Bréfritari: Gunnlaugur Oddsson
Dagsetning: A-1891-07-26
Skrifað á: Glasgow, Skotlandi

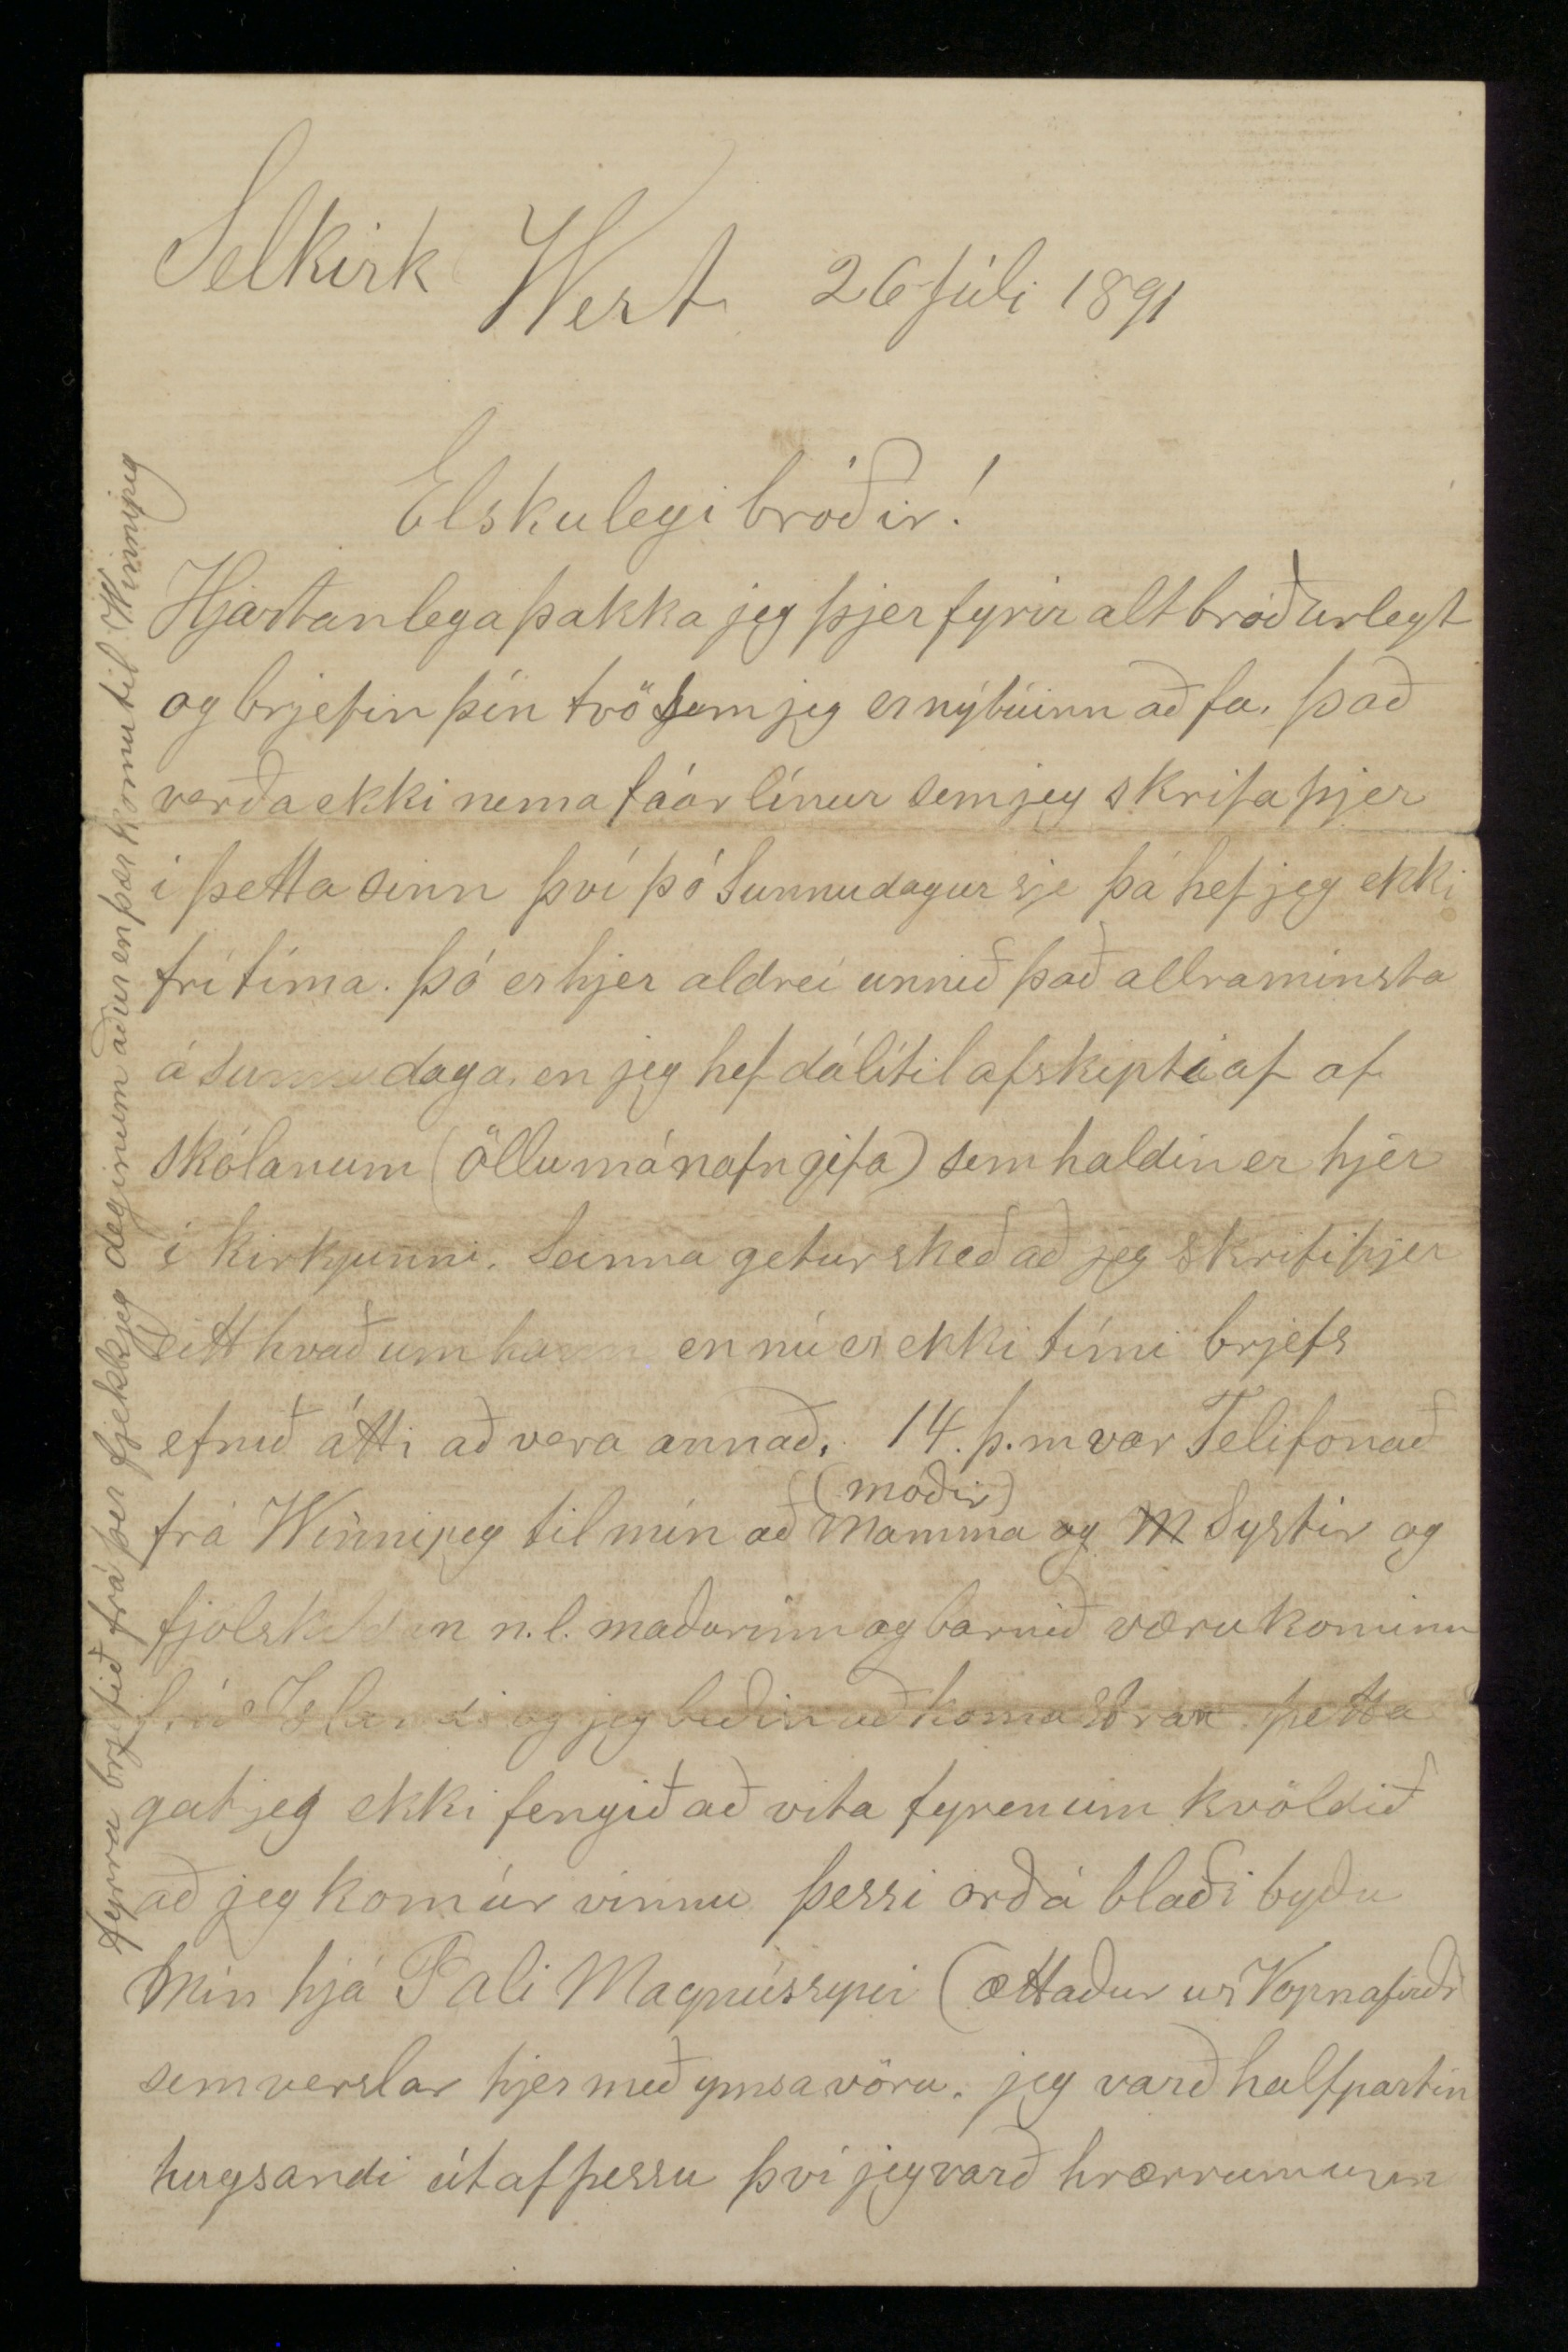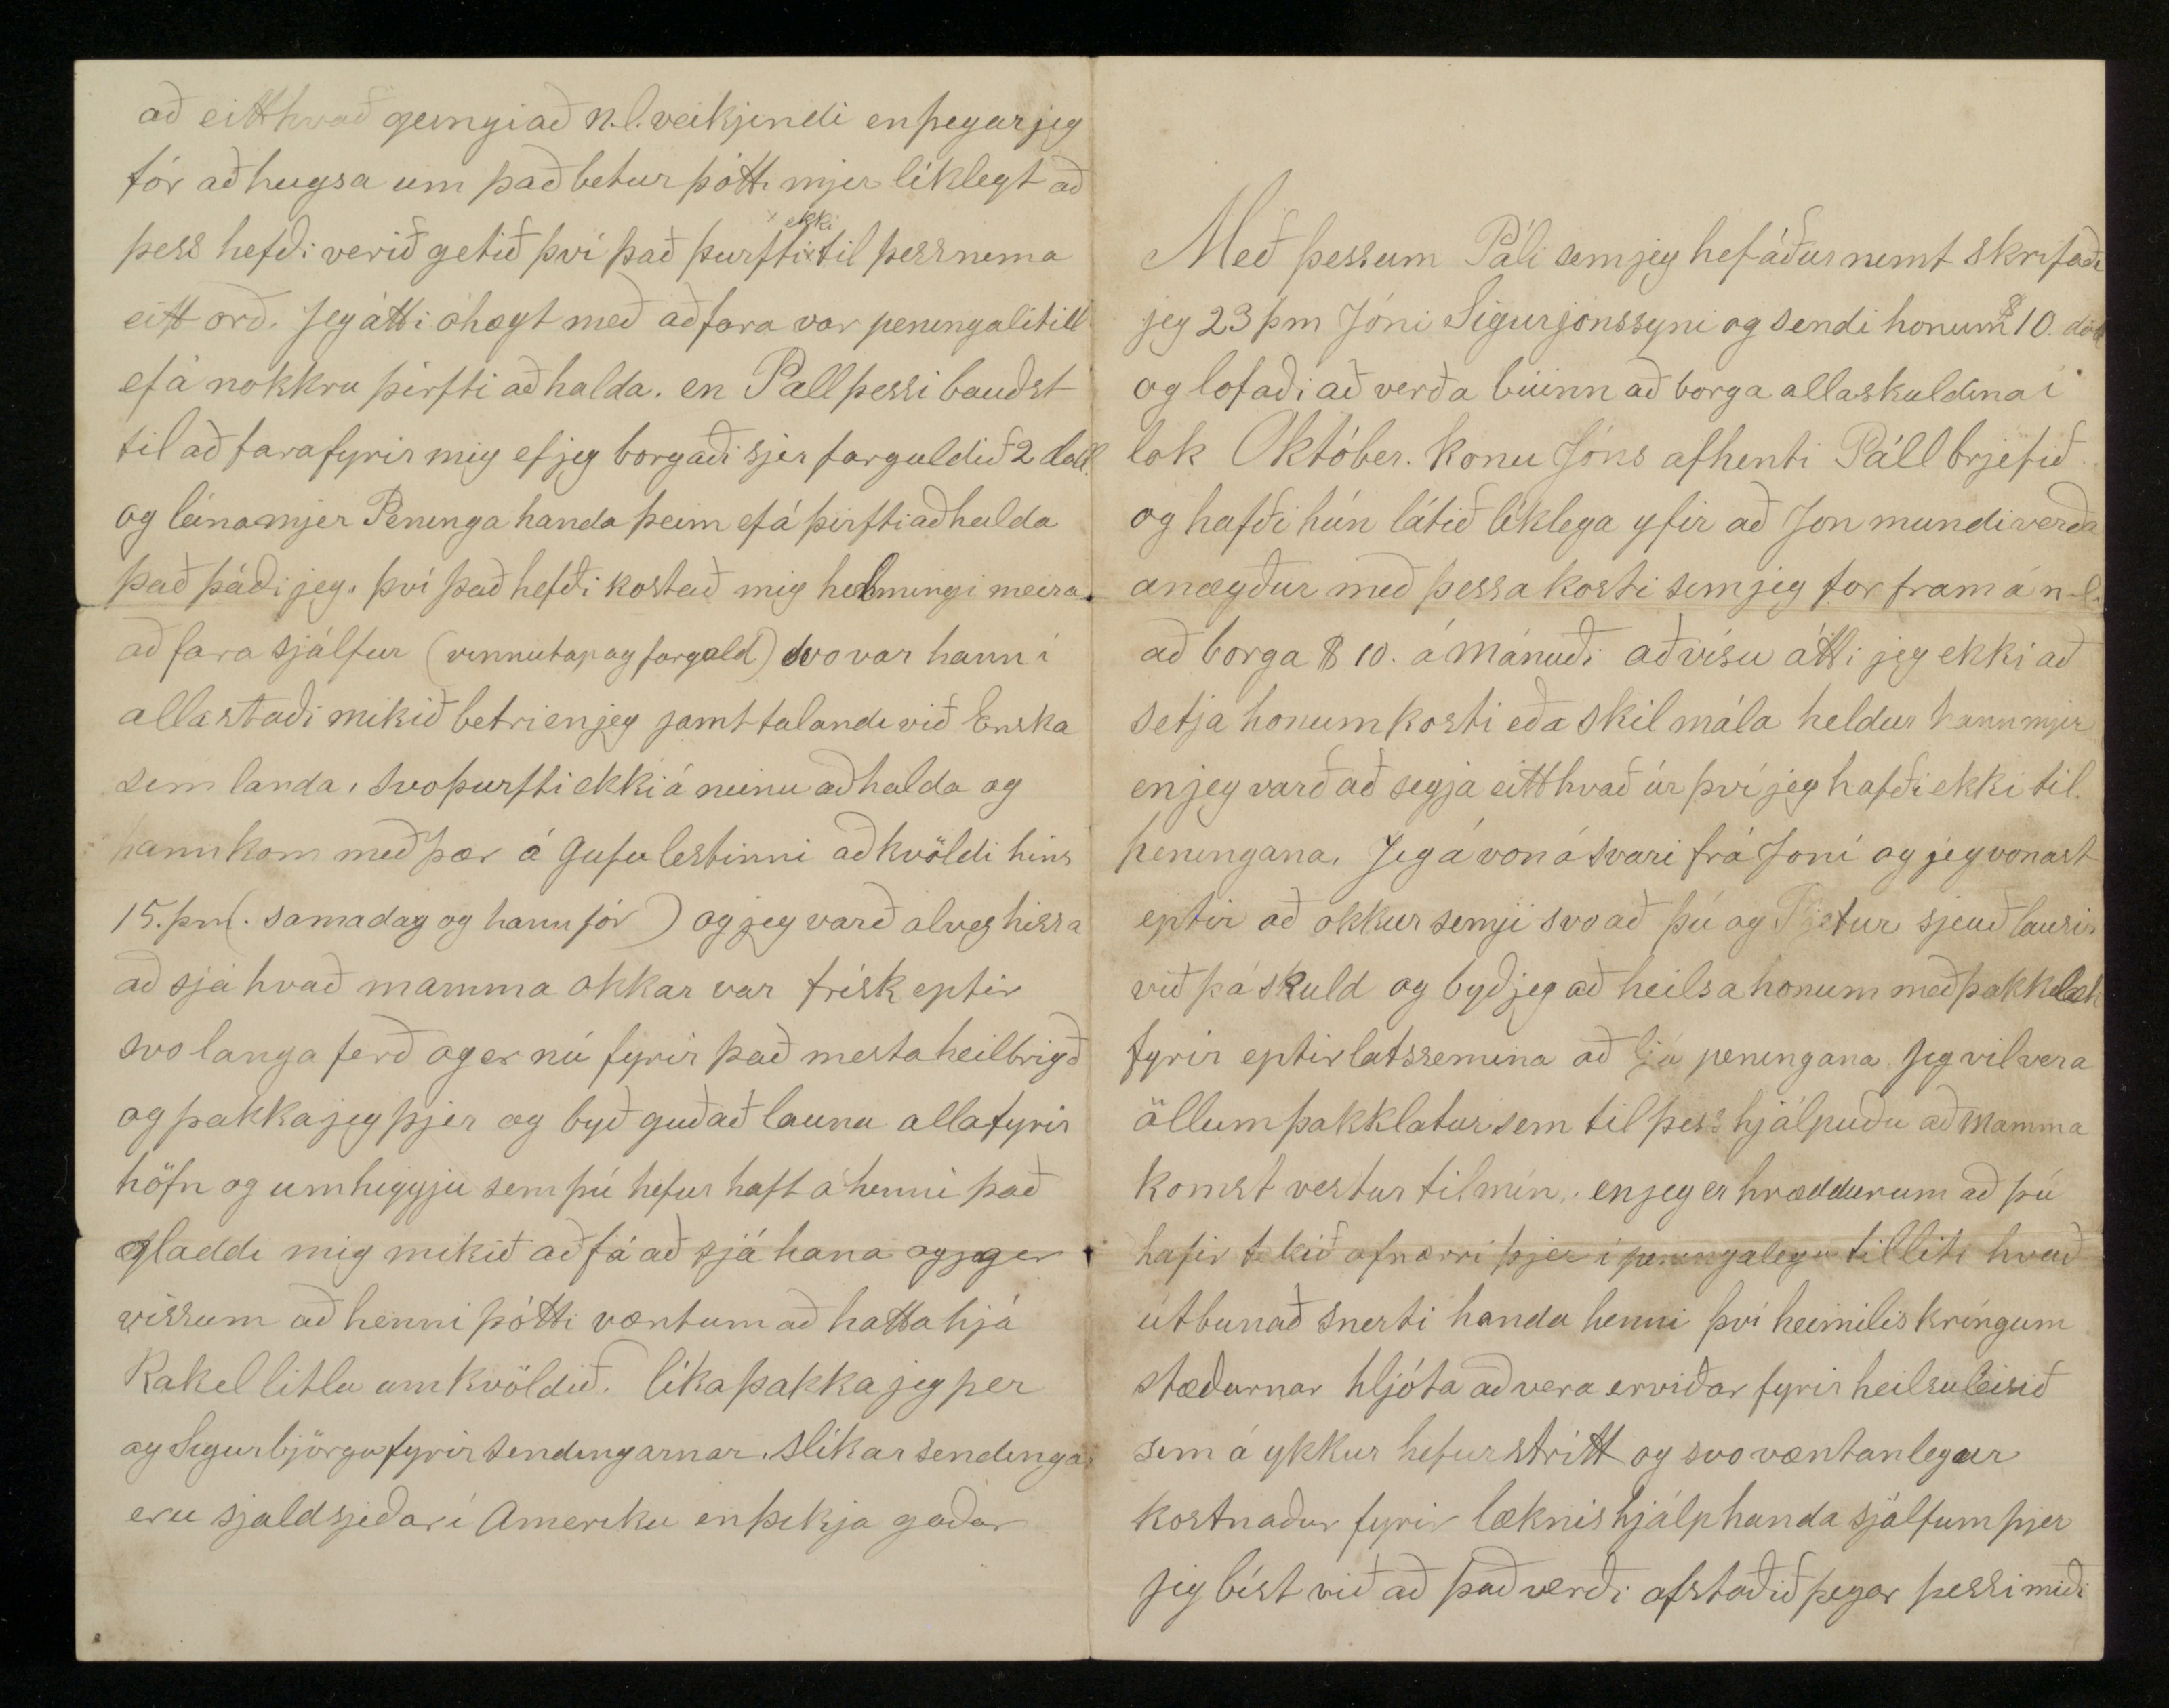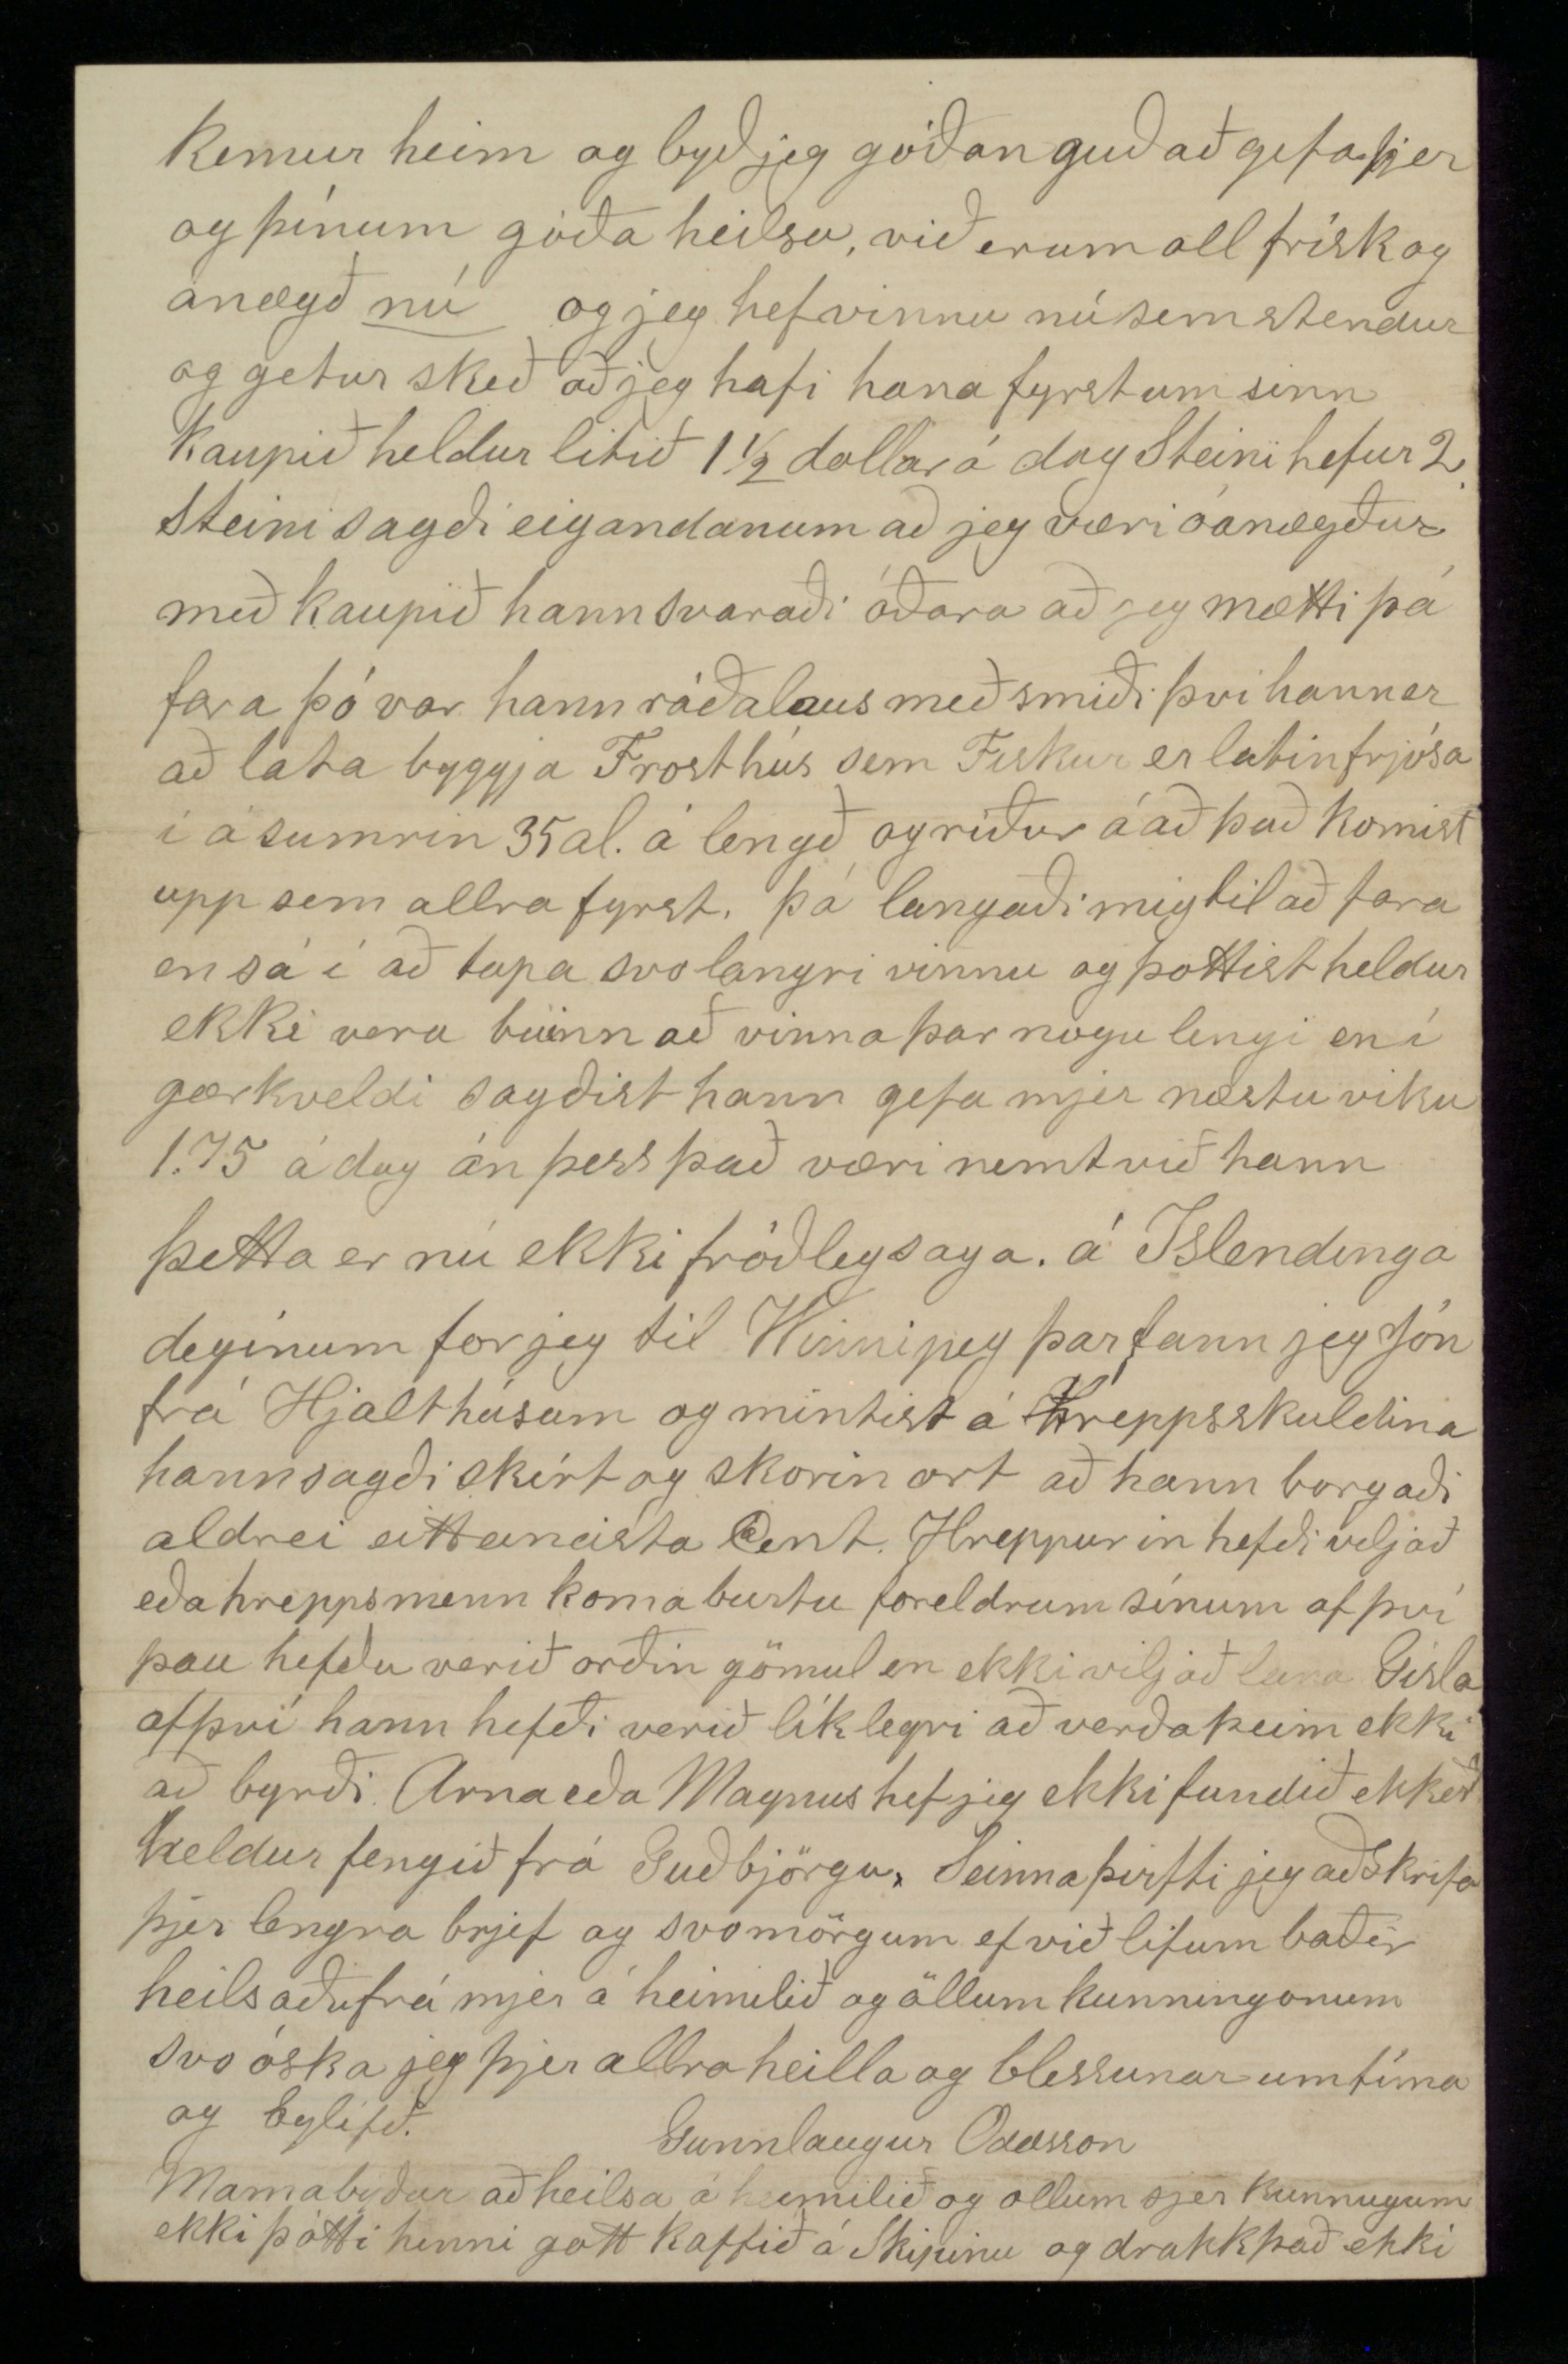

Selkirk West 26 Júlí 1891
Elskulegi bróðir!
Hjartanlega þakka jeg þjer fyrir alt bróðurlegt og brjefin þín tvö sem jeg er nýbúinn að fa það verða ekki nema fáar línur sem jeg skrifa þjer í þetta sinn því þó Sunnudagur sje þá hef jeg ekki frítíma. þó er hjer aldrei unnið það allraminsta á sunnudaga en jeg hef dálítil afskipti af af skólanum (öllu má nafn gefa) sem haldin er hjer í kirkjunni. Seinna getur skeð að jeg skrifi þjer eitthvað um hann en nú er ekki tími brjefs efnið átti að vera annað. 14. þ.m. var Telefonað frá Winnipeg til mín að Mamma
(móðir)
og
M
Systir og fjölskildan n.l. maðurinn og barnið væru kominn frá Islandi og jeg beðin að koma strax þetta gat jeg ekki fengið að vita fyren um kvöldið að jeg kom úr vinnu þessi orð á blaði byðu mín hjá Pali Magnússyni (ættaður ur Vopnafirði) sem verslar hjer með ymsa vöru. jeg varð halfpartin hugsandi út af þessu því jeg varð
hrærrum
um
að eitthvað gengi að n.l. veikjindi en þegar jeg fór að hugsa um það betur þótti mjer líklegt að þess hefði verið getið því það þurfti
ekki
til þess nema eitt orð. Jeg átti óhægt með að fara var peningalítill ef á nokkru þirfti að halda. en Pall þessi bauðst til að fara fyrir mig ef jeg borgaði sjer fargaldið 2 doll. og lánga mjer Peninga handa þeim ef á þirfti að halda það þáði jeg því það hefði kostað mig helmingi meira að fara sjálfur (vinnutap og fargald) svo var hann í alla staði mikið betri en jeg jamt talandi við Enska sem landa. Svo þurfti ekki á neinu að halda og hann kom með þær á gufulestinni að kvöldi hins 15. þm. (sama dag og hann fór) og jeg varð alveg hissa að sjá hvað mamma okkar var frísk eptir svo langa ferð og er nú fyrir það mesta heilbrigð og þakka jeg þjer og byð guð að launa alla fyrir höfn og umhiggju sem þú hefur haft á henni það gladdi mig mikið að fá að sjá hana og jeg er vissum að henni þótti vænt um að hatta hjá Rakel litlu um kvöldið. líka þakka jeg þer og Sigurbjörgu fyrir sendingarnar. Slíkar sendingar eru sjaldsjeðar í Ameríku en þikja goðar
Með þessum Páli sem jeg hef áður nemt skrifaði jeg 23 þm Jóni Sigurjónssyni og sendi honum
$
10 doll og lofaði að verða búinn að borga alla skuldina í lok Október. konu Jóns afhenti Páll brjefið og hafði hún látið líklega yfir að Jon mundi verða anægður með þessa kosti sem jeg for fram á n.l. að borga $ 10. á mánuði að vísu átti jeg ekki að setja honum kosti eða skil mála heldur hann mjer en jeg varð að segja eitthvað úr því jeg hafði ekki peningana. Jeg á von á svari frá Jóni og jeg vonast eptir að okkur semji svo að þú og Pjetur sjeuð lausir við þá skuld og byð jeg að heilsa honum með þakklæti fyrir eptirlatssemina að ljá peningana jeg vil vera öllum þakklatur sem til þess hjálpuðu að mamma komst vestur til mín. en jeg er hræddur um að þú hafir tekið ofnærri þjer í peningalegu tilliti hvað útbunað snerti handa henni því heimilis kríngum stæðurnar hljóta að vera erviðar fyrir heilsuleisið sem á ykkur hefur strítt og svo væntanlegur kostnaður fyrir læknishjálp handa sjálfum þjer jeg bíst við að það verði afstaðið þegar þessi miði
kemur heim og byð jeg góðan guð að gefa þjer og þínum góða heilsu við erum oll frísk og ánægð
nú
og jeg hef vinnu nú sem stendur og getur skeð að jeg hafi hana fyrst um sinn kaupið heldur lítið 1 1/2 dollar á dag Steini hefur 2 Steini sagði eigandanum að jeg væri óanægður með kaupið hann svaraði óðara að jeg mætti þá fara þó var hann ráðalaus með smiði því hann er að láta byggja Frosthús sem Fiskur er latin frjósa í á sumrin 35al. á lengð og ríður á að það komist upp sem allra fyrst. þá langaði mig til að fara en sá í að tapa svo langri vinnu og þottist heldur ekki vera búinn að vinna þar nogu lengi en í gærkveldi sagðist hann gefa mjer næstu viku 1.75 á dag án þess það væri nemt við hann þetta er nú ekki fróðleg saga. á Islendinga deginum for jeg til Winnipeg þar fann jeg Jón frá Hjalthúsum og mintist á hreppsskuldina hann sagði skírt og skorin ort að hann borgaði aldrei eitt einasta Cent. Hreppurin hefði viljað eða hreppsmenn koma burtu foreldrum sínum af því þau hefðu verið orðin gömul en ekki viljað
leisa
Gísla afþví hann hefði verið líklegri að verða þeim ekki að byrði Arna eða Magnus hef jeg ekki fundið ekkert heldur fengið frá Guðbjörgu. Seinna þirfti jeg að skrifa þjer lengra brjef og svo mörgum ef við lifum báðir heilsaðu frá mjer á heimilið og öllum kunningonum svo óska jeg þjer allra heilla og blessunar um tíma og Eylífð.
Gunnlaugur Oddsson
Mama byður að heilsa á heimilið og ollum sjer kunnugum ekki þótti henni gott kaffið á Skipinu og drakk það ekki
fyrra brjefið frá þer fjekk jeg deginum aður en þær komu til Winnipeg